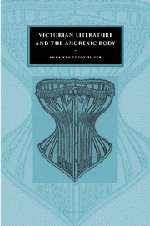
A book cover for Victorian Literature and the Anorexic Body (Cambridge Studies in Nineteenth-Century Literature and Culture); Anna Krugovoy Silver; Literature & Fiction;